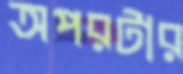
অপরটার